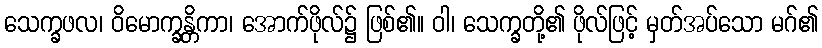
သေက္ခဖလ၊ ဝိမောက္ခန္တိကာ၊ အောက်ဖိုလ်၌ ဖြစ်၏။ ဝါ၊ သေက္ခတို့၏ ဖိုလ်ဖြင့် မှတ်အပ်သော မဂ်၏